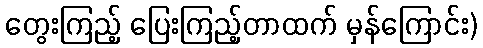
တွေးကြည့် ပြေးကြည့်တာထက် မှန်ကြောင်း)